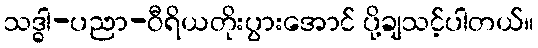
သဒ္ဓါ-ပညာ-ဝီရိယတိုးပွားအောင် ပို့ချသင့်ပါတယ်။